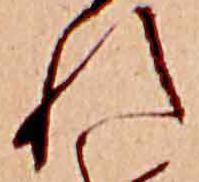
れ